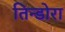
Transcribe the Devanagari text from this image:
तिन्डोरा